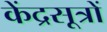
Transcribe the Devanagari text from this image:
केंद्रसूत्रों